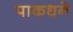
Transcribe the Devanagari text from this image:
पाकधने